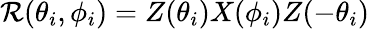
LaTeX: \mathcal{R}(\theta_{i},\phi_{i})=Z(\theta_{i})X(\phi_{i})Z(-\theta_{i})